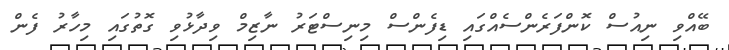
ބޭއްވި ނިއުސް ކޮންފަރެންސެއްގައި ޑިފެންސް މިނިސްޓަރު ނާޒިމް ވިދާޅުވި ގޮތުގައި މިހާރު ފެން